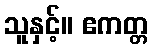
သူနှင့်။ ဧကတ္တ